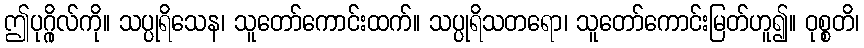
ဤပုဂ္ဂိုလ်ကို။ သပ္ပုရိသေန၊ သူတော်ကောင်းထက်။ သပ္ပုရိသတရော၊ သူတော်ကောင်းမြတ်ဟူ၍။ ဝုစ္စတိ၊